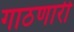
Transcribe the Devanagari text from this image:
गाठणारी